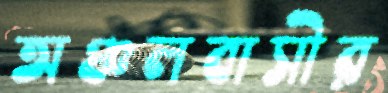
অঞ্চলবাসীর